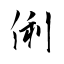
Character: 俐